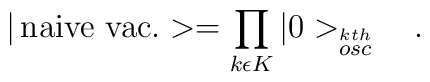
| \,{\rm naive \ vac.} > =	 \prod_{k\epsilon K} | 0>_{\stackrel{kth}{osc}} \ \ \ .